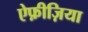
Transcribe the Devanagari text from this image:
ऐफ़ीज़िया